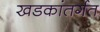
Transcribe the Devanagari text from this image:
खडकांतर्गत